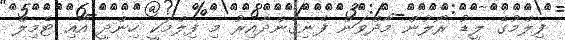
ފިލްމުގެ ލީޑު ރޯލުން މާދްވަން ފެނިގެންދާއިރު މި ފިލްމަކީ ހިންދީ އާއި ޓެމިލް